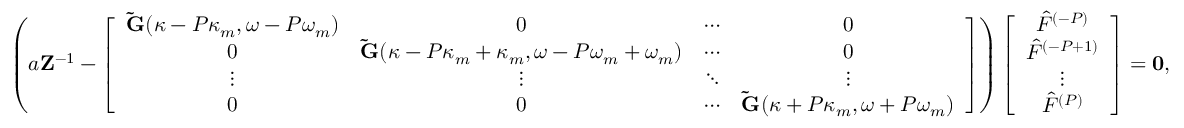
\left( a \mathbf { Z } ^ { - 1 } - \left[ \begin{array} { c c c c } { \mathbf { \tilde { G } } ( \kappa - P \kappa _ { m } , \omega - P \omega _ { m } ) } & { 0 } & { \cdots } & { 0 } \\ { 0 } & { \mathbf { \tilde { G } } ( \kappa - P \kappa _ { m } + \kappa _ { m } , \omega - P \omega _ { m } + \omega _ { m } ) } & { \cdots } & { 0 } \\ { \vdots } & { \vdots } & { \ddots } & { \vdots } \\ { 0 } & { 0 } & { \cdots } & { \mathbf { \tilde { G } } ( \kappa + P \kappa _ { m } , \omega + P \omega _ { m } ) } \end{array} \right] \right) \left[ \begin{array} { c } { \hat { F } ^ { ( - P ) } } \\ { \hat { F } ^ { ( - P + 1 ) } } \\ { \vdots } \\ { \hat { F } ^ { ( P ) } } \end{array} \right] = \mathbf { 0 } ,